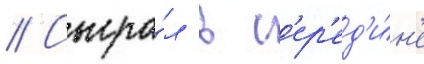
// Сыгра́л в с'ер'ед'и́н'е